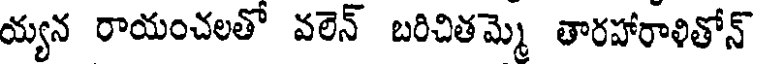
య్యన రాయంచలతో వలెన్ బరిచితమ్మె తారహారాళితోన్